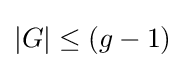
|G|\leq (g-1)